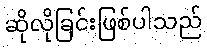
ဆိုလိုခြင်းဖြစ်ပါသည်